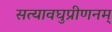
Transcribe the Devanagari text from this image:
सत्यावघुप्रीणनम्